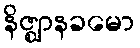
နိဇ္ဈာနခမော